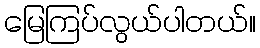
မြေကြပ်လွယ်ပါတယ်။